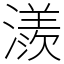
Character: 㵪